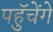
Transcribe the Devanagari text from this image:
पहुॅचेंगे